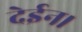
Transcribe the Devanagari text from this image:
देईन।